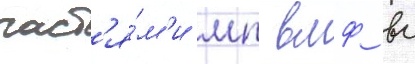
част'я́м'и мп вмф вс